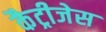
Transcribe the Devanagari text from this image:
कैट्रीजेस